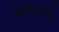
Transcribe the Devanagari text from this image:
भाडेपत्त्याने